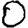
Digit: 0